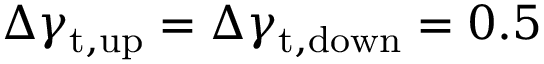
\Delta \gamma _ { \mathrm { t , u p } } = \Delta \gamma _ { \mathrm { t , d o w n } } = 0 . 5